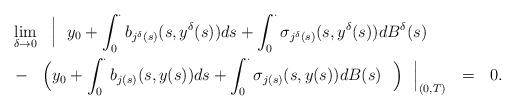
LaTeX: \begin{align*}& \lim_{\delta \to 0}~~\Big|~~y_0+\int_{0}^{\cdot}b_{j^{\delta}(s)}(s,y^{\delta}(s))ds+\int_{0}^{\cdot}\sigma_{j^{\delta}(s)}(s,y^{\delta}(s))dB^{\delta}(s) ~~\\ & -~~\Big(y_0+\int_{0}^{\cdot} b_{j(s)}(s,y(s))ds+\int_{0}^{\cdot}\sigma_{j(s)}(s,y(s))dB(s)~~\Big)~~\Big|_{(0,T)}~~=~~0.\end{align*}